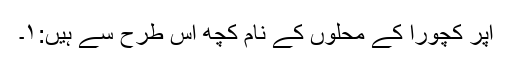
اپر کچورا کے محلوں کے نام کچھ اس طرح سے ہیں:۱۔